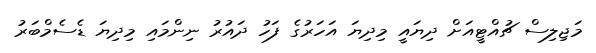
މަޖިލިސް ޗުއްޓީއަށް ދިޔައީ މިދިޔަ އަހަރުގެ ފަހު ދައުރު ނިންމައި މިދިޔަ ޑެސެމްބަރު